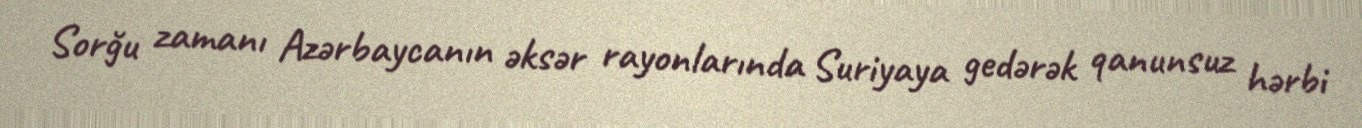
Sorğu zamanı Azərbaycanın əksər rayonlarında Suriyaya gedərək qanunsuz hərbi